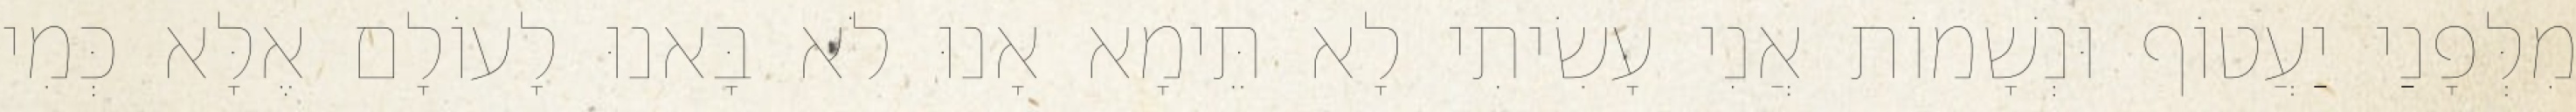
מִלְּפָנַי יַעֲטוֹף וּנְשָׁמוֹת אֲנִי עָשִׂיתִי לָא תֵּימָא אָנוּ לֹא בָּאנוּ לָעוֹלָם אֶלָּא כְּמִי